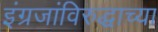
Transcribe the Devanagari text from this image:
इंग्रजांविरुद्धाच्या